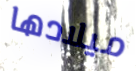
ميلادها